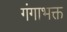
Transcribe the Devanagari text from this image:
गंगाभक्त